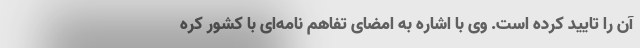
آن را تایید کرده است. وی با اشاره به امضای تفاهم نامه‌ای با کشور کره